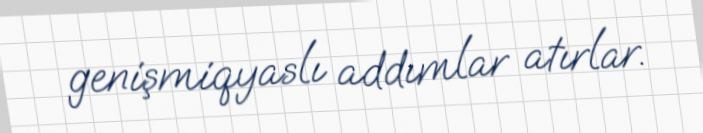
genişmiqyaslı addımlar atırlar.